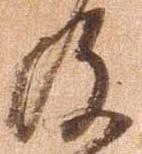
及